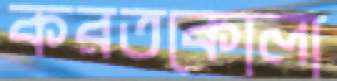
করতকোলা